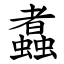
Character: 䘄